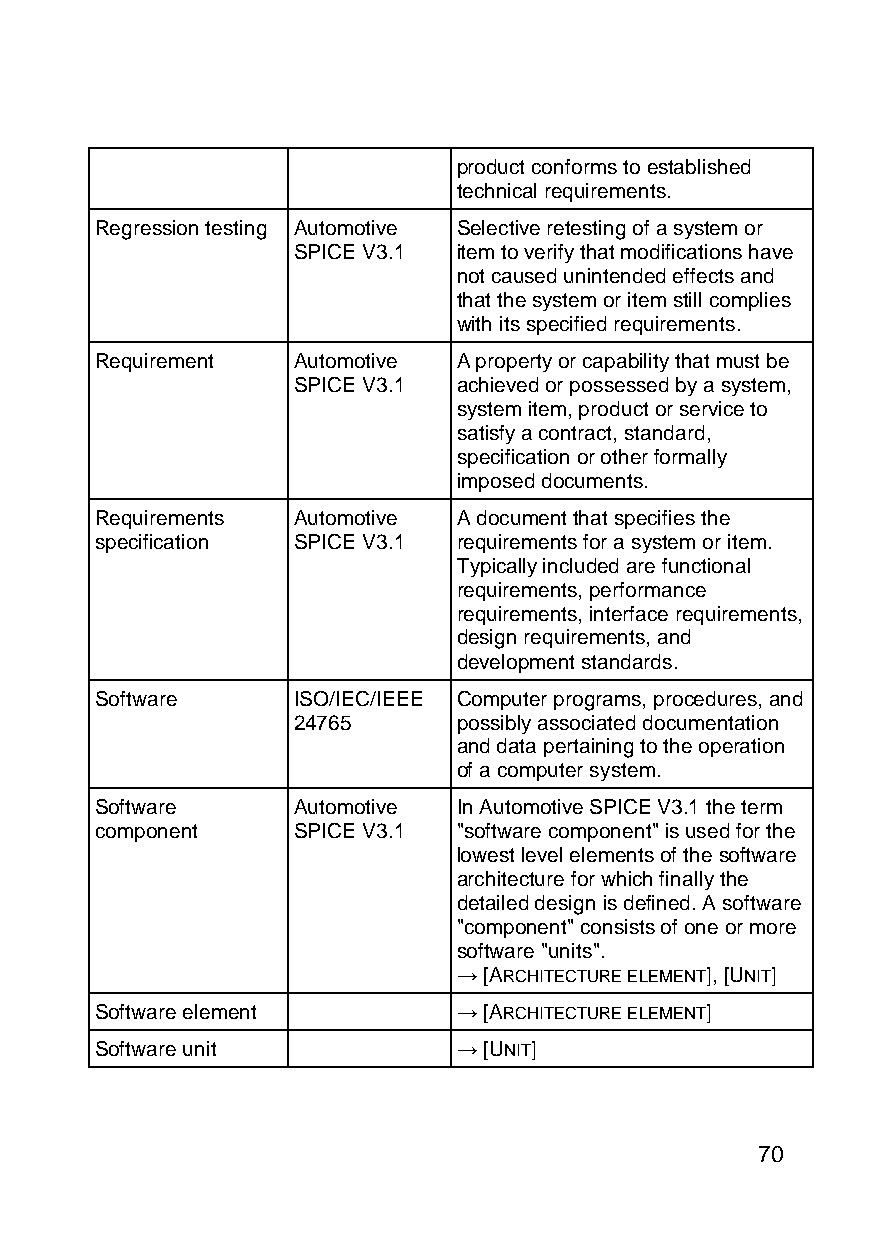
product conforms to established
 technical requirements.
 Regression testing Automotive Selective retesting of a system or
 SPICE V3.1 item to verify that modifications have
 not caused unintended effects and
 that the system or item still complies
 with its specified requirements.
 Requirement  Automotive A property or capability that must be
 SPICE V3.1 achieved or possessed by a system,
 system item, product or service to
 satisfy a contract, standard,
 specification or other formally
 imposed documents.
 Requirements Automotive A document that specifies the
 specification SPICE V3.1 requirements for a system or item.
 Typically included are functional
 requirements, performance
 requirements, interface requirements,
 design requirements, and
 development standards.
 Software     ISO/IEC/IEEE Computer programs, procedures, and
 24765      possibly associated documentation
 and data pertaining to the operation
 of a computer system.
 Software     Automotive In Automotive SPICE V3.1 the term
 component    SPICE V3.1 "software component" is used for the
 lowest level elements of the software
 architecture for which finally the
 detailed design is defined. A software
 "component" consists of one or more
 software "units".
 → [ARCHITECTURE ELEMENT], [UNIT]
 Software element        → [ARCHITECTURE ELEMENT]
 Software unit           → [UNIT]
 70